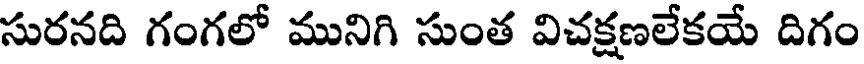
సురనది గంగలో మునిగి సుంత విచక్షణలేకయే దిగం